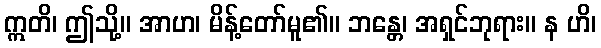
ဣတိ၊ ဤသို့။ အာဟ၊ မိန့်တော်မူ၏။ ဘန္တေ၊ အရှင်ဘုရား။ န ဟိ၊